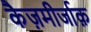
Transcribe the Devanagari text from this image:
कैज़मीर्जाक़